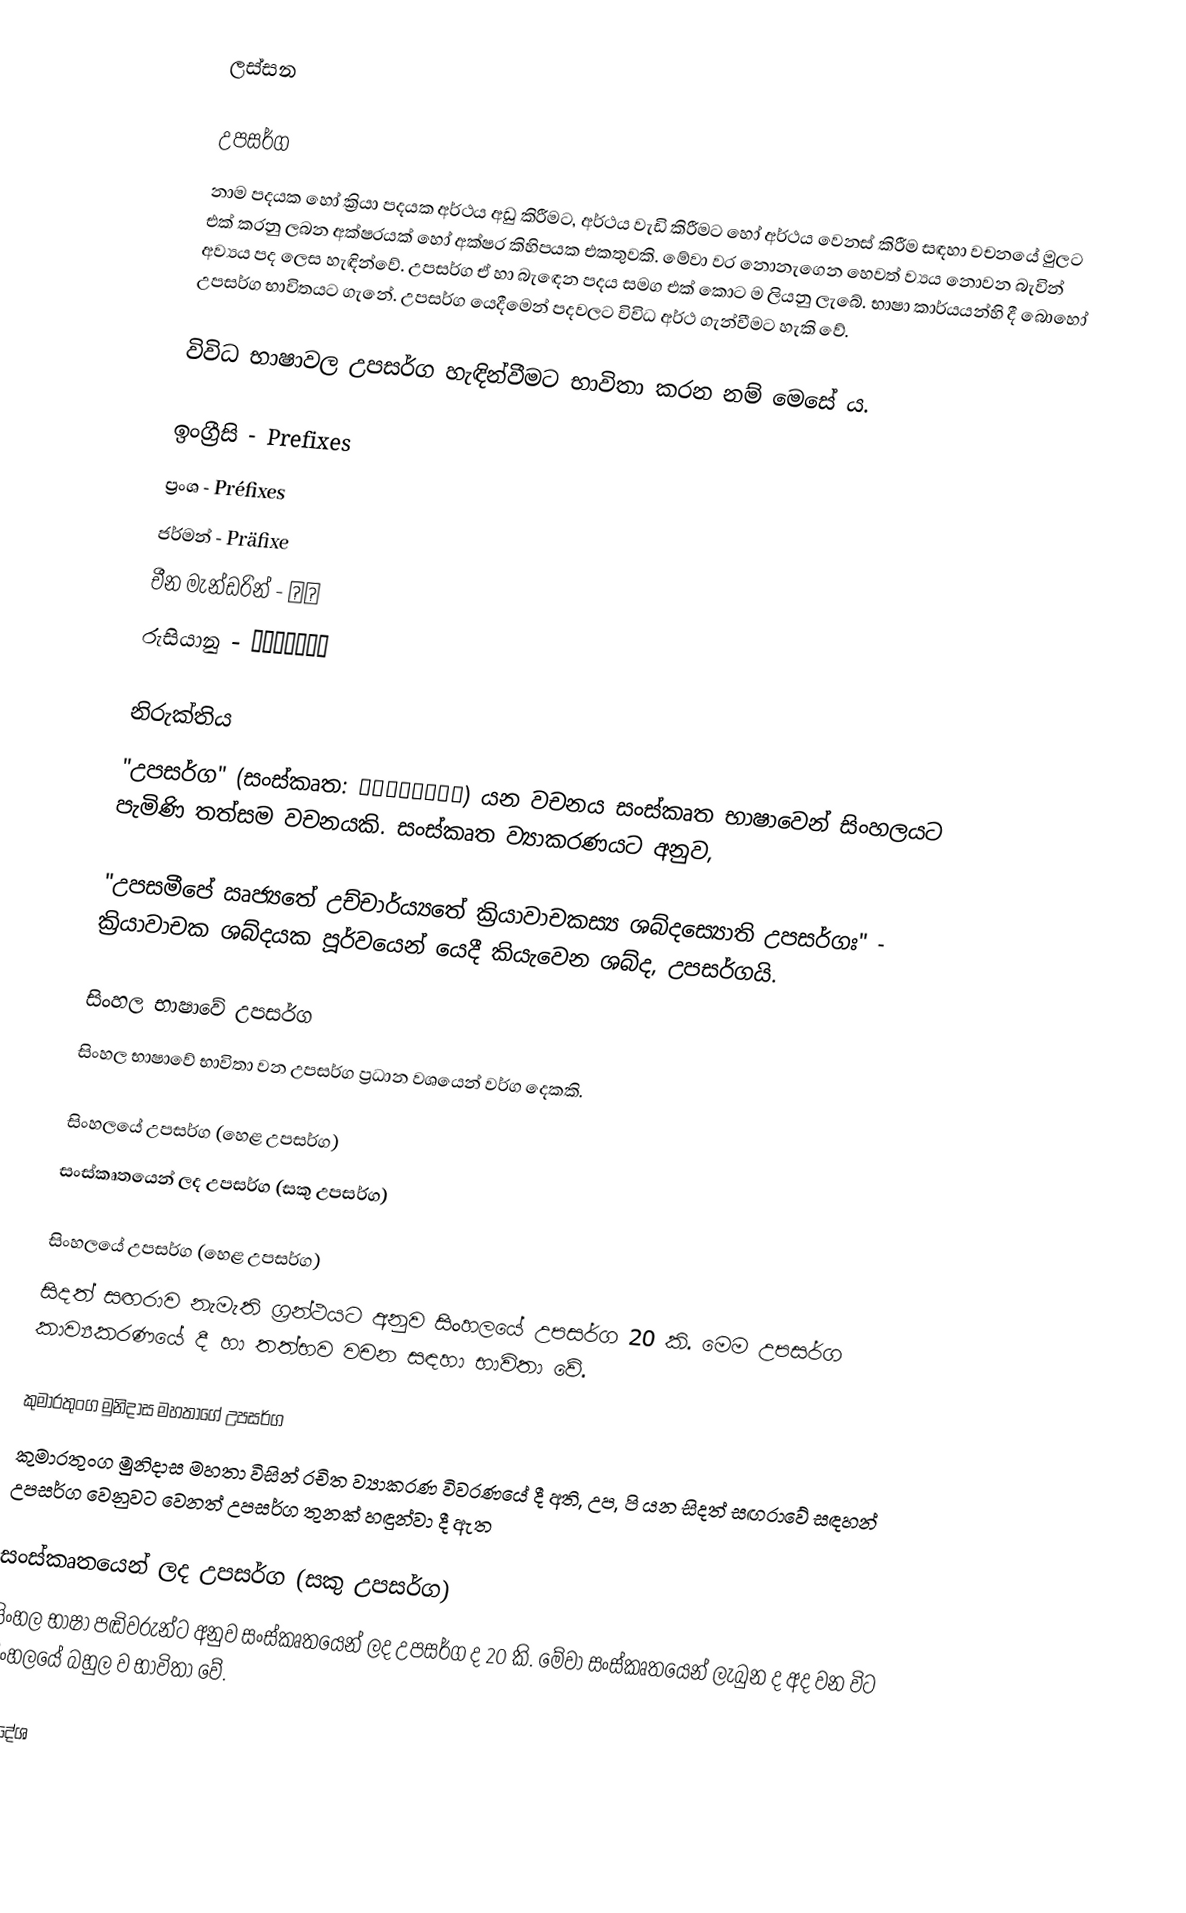
ලස්සන

උපසර්ග
නාම පදයක හෝ ක්‍රියා පදයක අර්ථය අඩු කිරීමට, අර්ථය වැඩි කිරීමට හෝ අර්ථය වෙනස් කිරීම සඳහා වචනයේ මුලට එක් කරනු ලබන අක්ෂරයක් හෝ අක්ෂර කිහිපයක එකතුවකි. මේවා වර නොනැගෙන හෙවත් ව්‍යය නොවන බැවින් අව්‍යය පද ලෙස හැඳින්වේ. උපසර්ග ඒ හා බැඳෙන පදය සමග එක් කොට ම ලියනු ලැබේ. භාෂා කාර්යයන්හි දී බොහෝ උපසර්ග භාවිතයට ගැනේ. උපසර්ග යෙදීමෙන් පදවලට විවිධ අර්ථ ගැන්වීමට හැකි වේ.

විවිධ භාෂාවල උපසර්ග හැඳින්වීමට භාවිතා කරන නම් මෙසේ ය.

 ඉංග්‍රීසි - Prefixes
 ප්‍රංශ - Préfixes
 ජර්මන් - Präfixe
 චීන මැන්ඩරින් - 前缀
 රුසියානු - префикс

නිරුක්තිය
"උපසර්ග" (සංස්කෘත: उपसर्गाः) යන වචනය සංස්කෘත භාෂාවෙන් සිංහලයට පැමිණි තත්සම වචනයකි. සංස්කෘත ව්‍යාකරණයට අනුව,

"උපසමීපේ  ඍජ්‍යතේ උච්චාර්ය්‍යතේ ක්‍රියාවාචකස්‍ය ශබ්දස්‍යොති උපසර්ගඃ" - ක්‍රියාවාචක ශබ්දයක පූර්වයෙන් යෙදී කියැවෙන ශබ්ද, උපසර්ගයි.

සිංහල භාෂාවේ උපසර්ග
සිංහල භාෂාවේ භාවිතා වන උපසර්ග ප්‍රධාන වශයෙන් වර්ග දෙකකි.

 සිංහලයේ උපසර්ග (හෙළ උපසර්ග)
 සංස්කෘතයෙන් ලද උපසර්ග (සකු උපසර්ග)

සිංහලයේ උපසර්ග (හෙළ උපසර්ග)
සිදත් සඟරාව නැමැති ග්‍රන්ථයට අනුව සිංහලයේ උපසර්ග 20 කි. මෙම උපසර්ග කාව්‍යකරණයේ දී හා තත්භව වචන සඳහා භාවිතා වේ.

කුමාරතුංග මුනිදාස මහතාගේ උපසර්ග
කුමාරතුංග මුනිදාස මහතා විසින් රචිත ව්‍යාකරණ විවරණයේ දී අති, උප, පි යන සිදත් සඟරාවේ සඳහන් උපසර්ග වෙනුවට වෙනත් උපසර්ග තුනක් හඳුන්වා දී ඇත

සංස්කෘතයෙන් ලද උපසර්ග (සකු උපසර්ග)
සිංහල භාෂා පඬිවරුන්ට අනුව සංස්කෘතයෙන් ලද උපසර්ග ද 20 කි. මේවා සංස්කෘතයෙන් ලැබුන ද අද වන විට සිංහලයේ බහුල ව භාවිතා වේ.

සමුදේශ